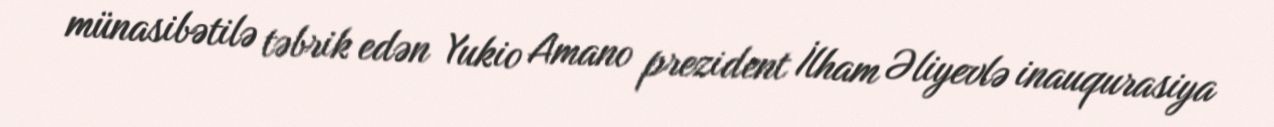
münasibətilə təbrik edən Yukio Amano prezident İlham Əliyevlə inauqurasiya